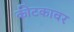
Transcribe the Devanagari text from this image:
कीटकावर